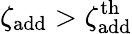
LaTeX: \zeta_{\mathrm{add}}>\zeta_{\mathrm{add}}^{\mathrm{th}}